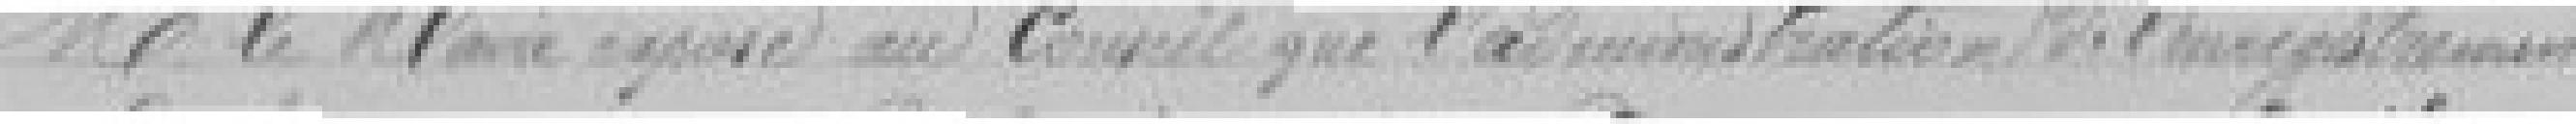
Monsieur le Maire expose au Conseil que l'administration de l'enregistrement